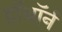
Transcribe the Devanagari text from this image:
हॉथॉर्न